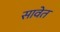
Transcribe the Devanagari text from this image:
सावेत